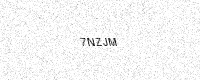
Text: 7NZJM